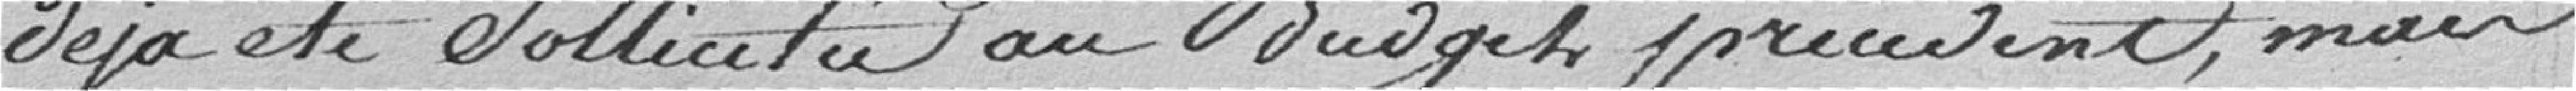
déjà été sollicitée au budget précédent, mais